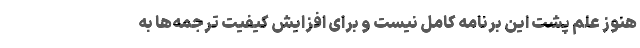
هنوز علم پشت این برنامه کامل نیست و برای افزایش کیفیت ترجمه‌ها به